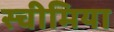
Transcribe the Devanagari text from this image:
स्चीमिया